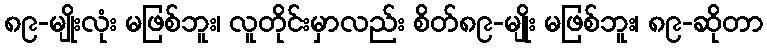
၈၉-မျိုးလုံး မဖြစ်ဘူး၊ လူတိုင်းမှာလည်း စိတ်၈၉-မျိုး မဖြစ်ဘူး၊ ၈၉-ဆိုတာ